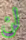
لن